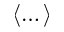
\left< \dots \right>